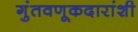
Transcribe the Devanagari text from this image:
गुंतवणूकदारांशी